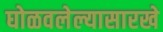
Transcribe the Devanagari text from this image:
घोळवलेल्यासारखे